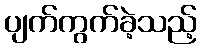
ပျက်ကွက်ခဲ့သည့်